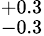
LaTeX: ^{+0.3}_{-0.3}